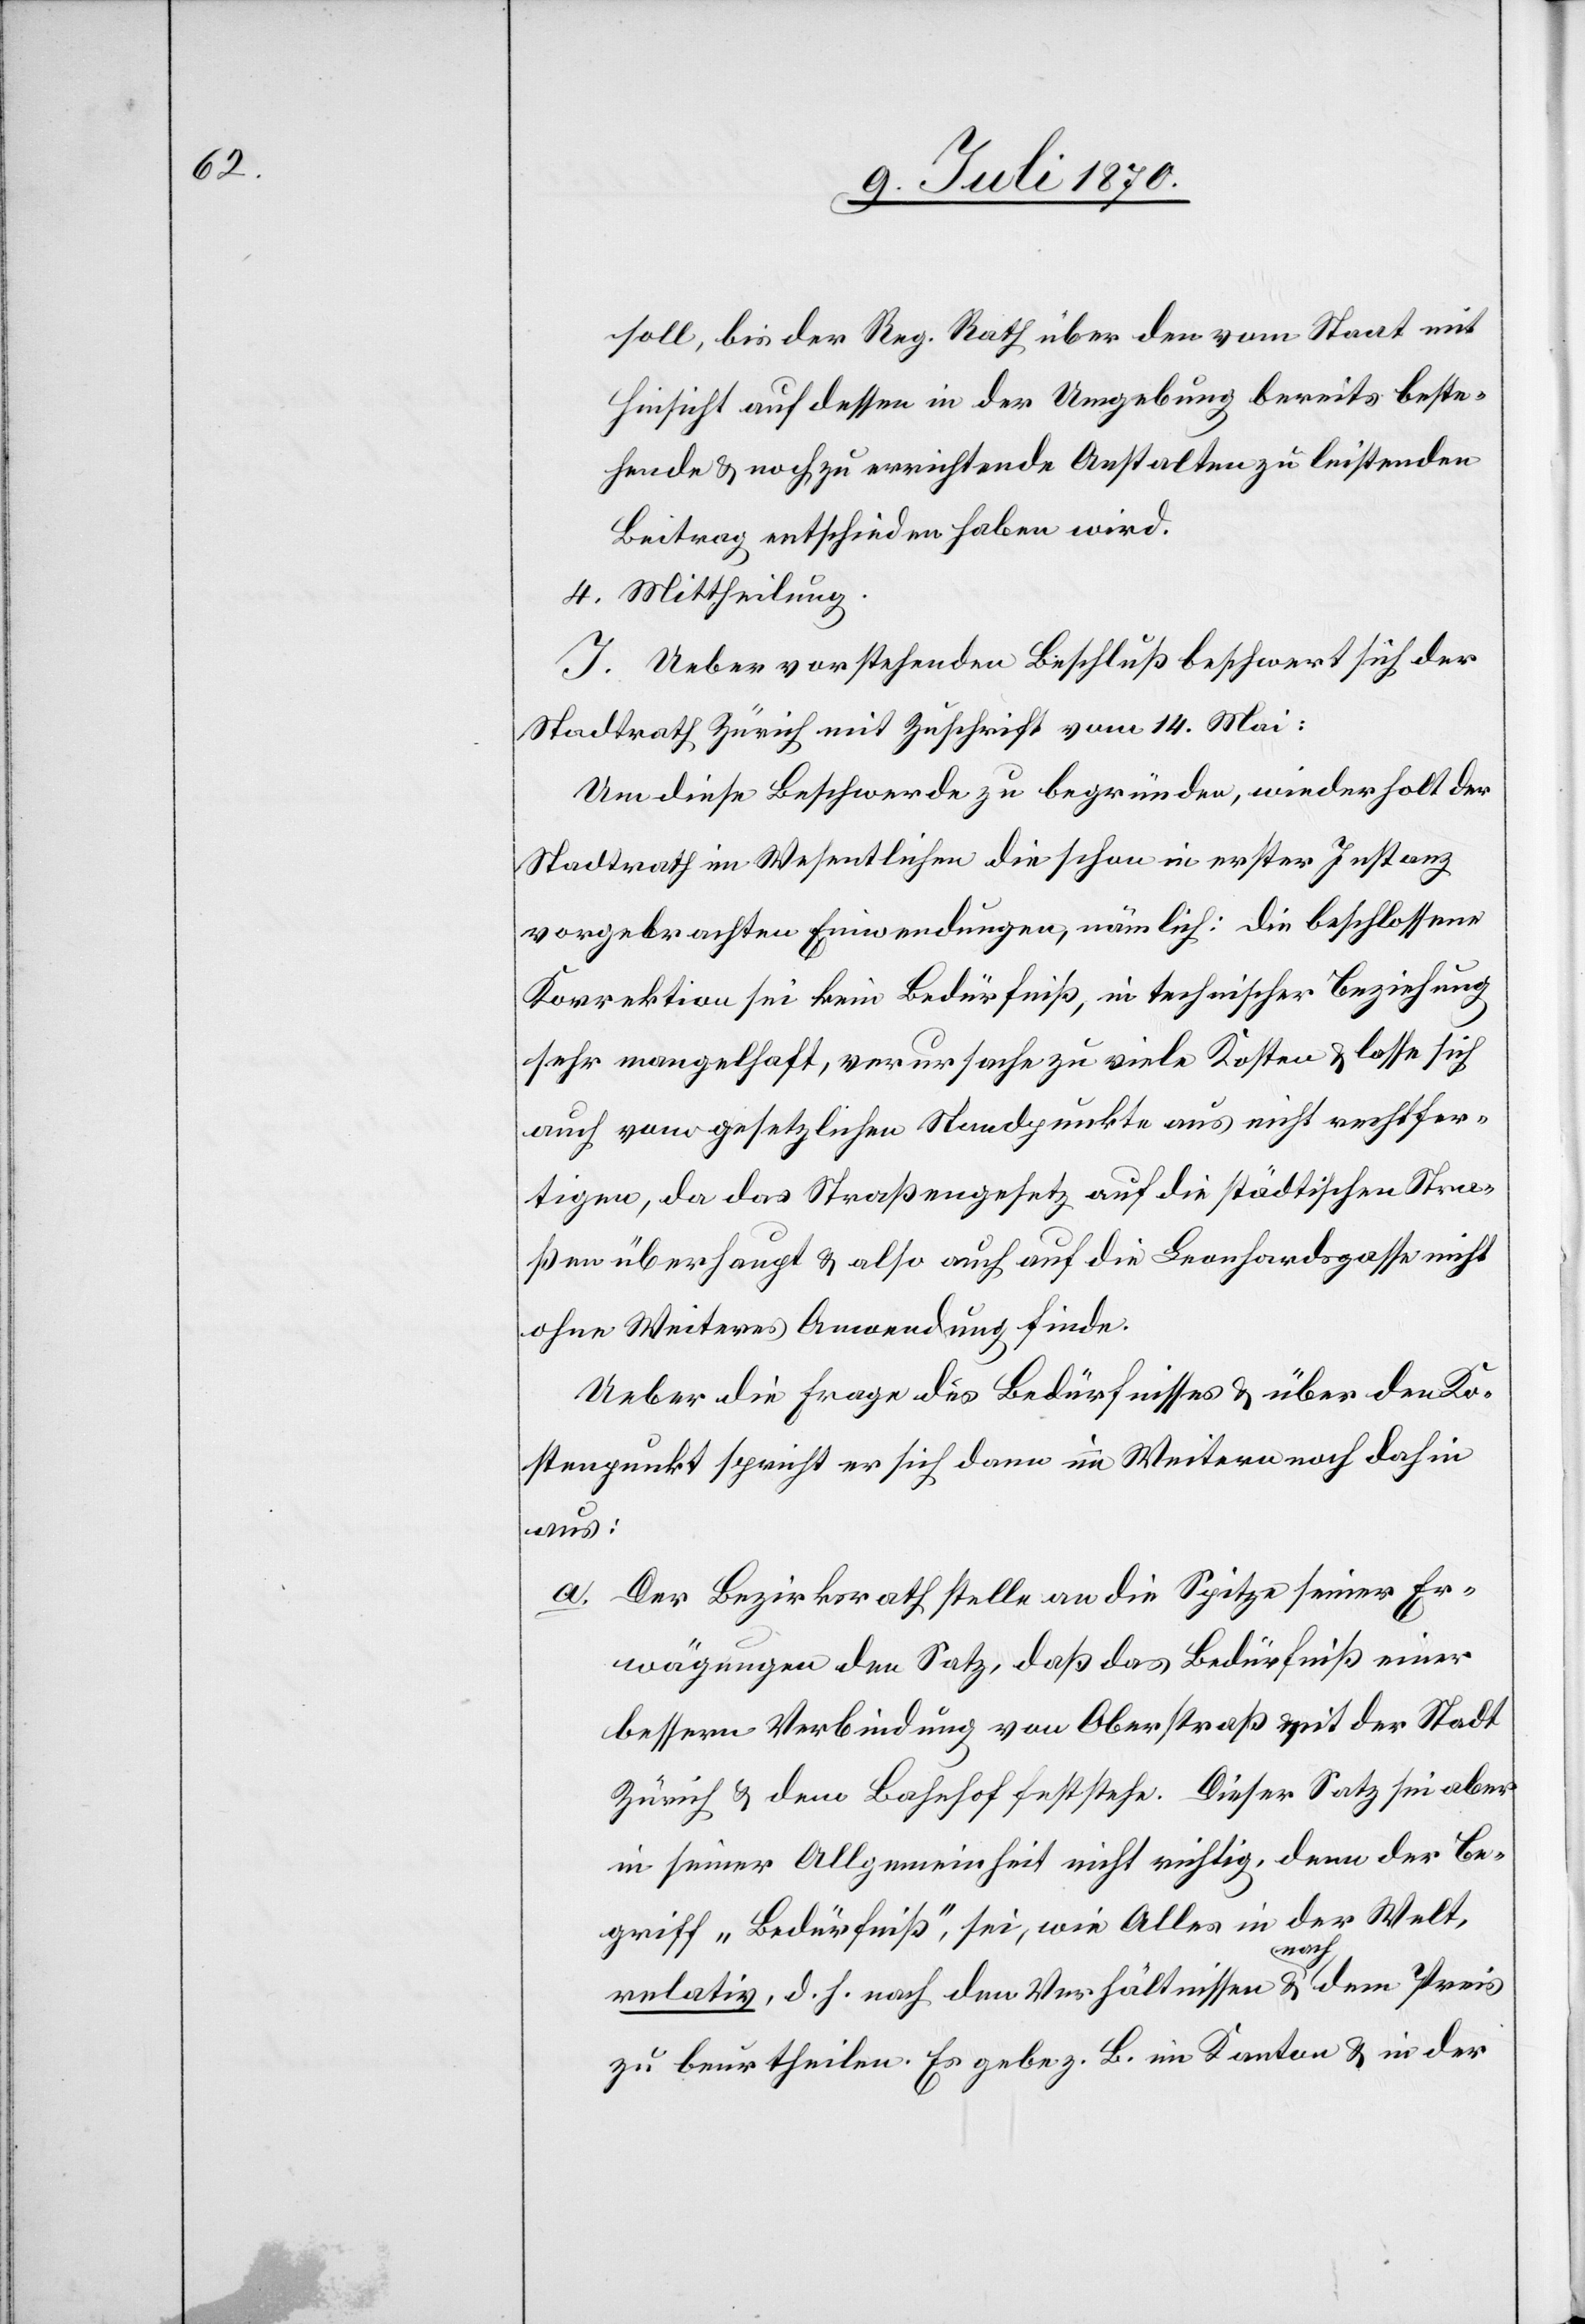
soll, bis der Reg. Rath über den vom Staat mit
Hinsicht auf dessen in der Umgebung bereits beste¬
hende & noch zu errichtende Anstalten zu leistenden
Beitrag entschieden haben wird.
4. Mittheilung.
I. Ueber vorstehenden Beschluß beschwert sich der
Stadtrath Zürich mit Zuschrift vom 14. Mai:
Um diese Beschwerde zu begründen, wiederholt der
Stadtrath im Wesentlichen die schon in erster Instanz
vorgebrachten Einwendungen, nämlich: Die beschlossene
Korrektion sei kein Bedürfniß, in technischer Beziehung
sehr mangelhaft, verursache zu viele Kosten & lasse sich
auch vom gesetzlichen Standpunkte aus nicht rechtfer¬
tigen, da das Straßengesetz auf die städtischen Stra¬
ßen überhaupt & also auch auf die Leonhardsgasse nicht
ohne Weiteres Anwendung finde.
Ueber die Frage des Bedürfnisses & über den Ko¬
stenpunkt spricht er sich im Weitern noch dahin
aus:
a. Der Bezirksrath stelle an die Spitze seiner Er¬
wägungen den Satz, daß das Bedürfniß einer
bessern Verbindung von Oberstraß mit der Stadt
Zürich & dem Bahnhof feststehe. Dieser Satz sei aber
in seiner Allgemeinheit nicht richtig, denn der Be¬
griff „Bedürfniß“ sei, wie Alles in der Welt,
relativ, d. h. nach den Verhältnissen & nach dem Preis
zu beurtheilen. Es gebe z. B. im Kanton & in der